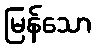
မြန်သော